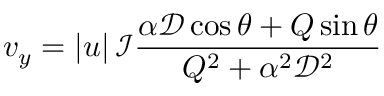
v _ { y } = \left| u \right| { \mathcal { I } } \frac { \alpha { \mathcal { D } } \cos \theta + Q \sin \theta } { Q ^ { 2 } + \alpha ^ { 2 } { \mathcal { D } } ^ { 2 } }